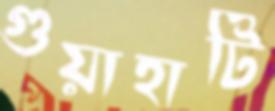
গুয়াহাটি